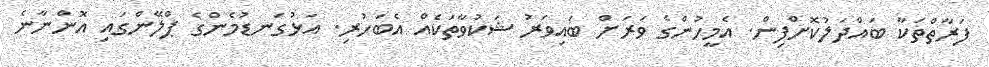
ފަރާތްތަކާ ބައްދަލުކޮށްފިން. އެމީހުންގެ ވަރަށް ބައިވަރު ޝަކުވާތަކެއް އެބަހުރި. އަޅުގަނޑުމެންގެ ޕްލޭންގައި އޮންނާނެ